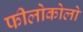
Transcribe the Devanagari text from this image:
फीलोकोलो